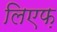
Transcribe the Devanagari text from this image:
लिएफ़